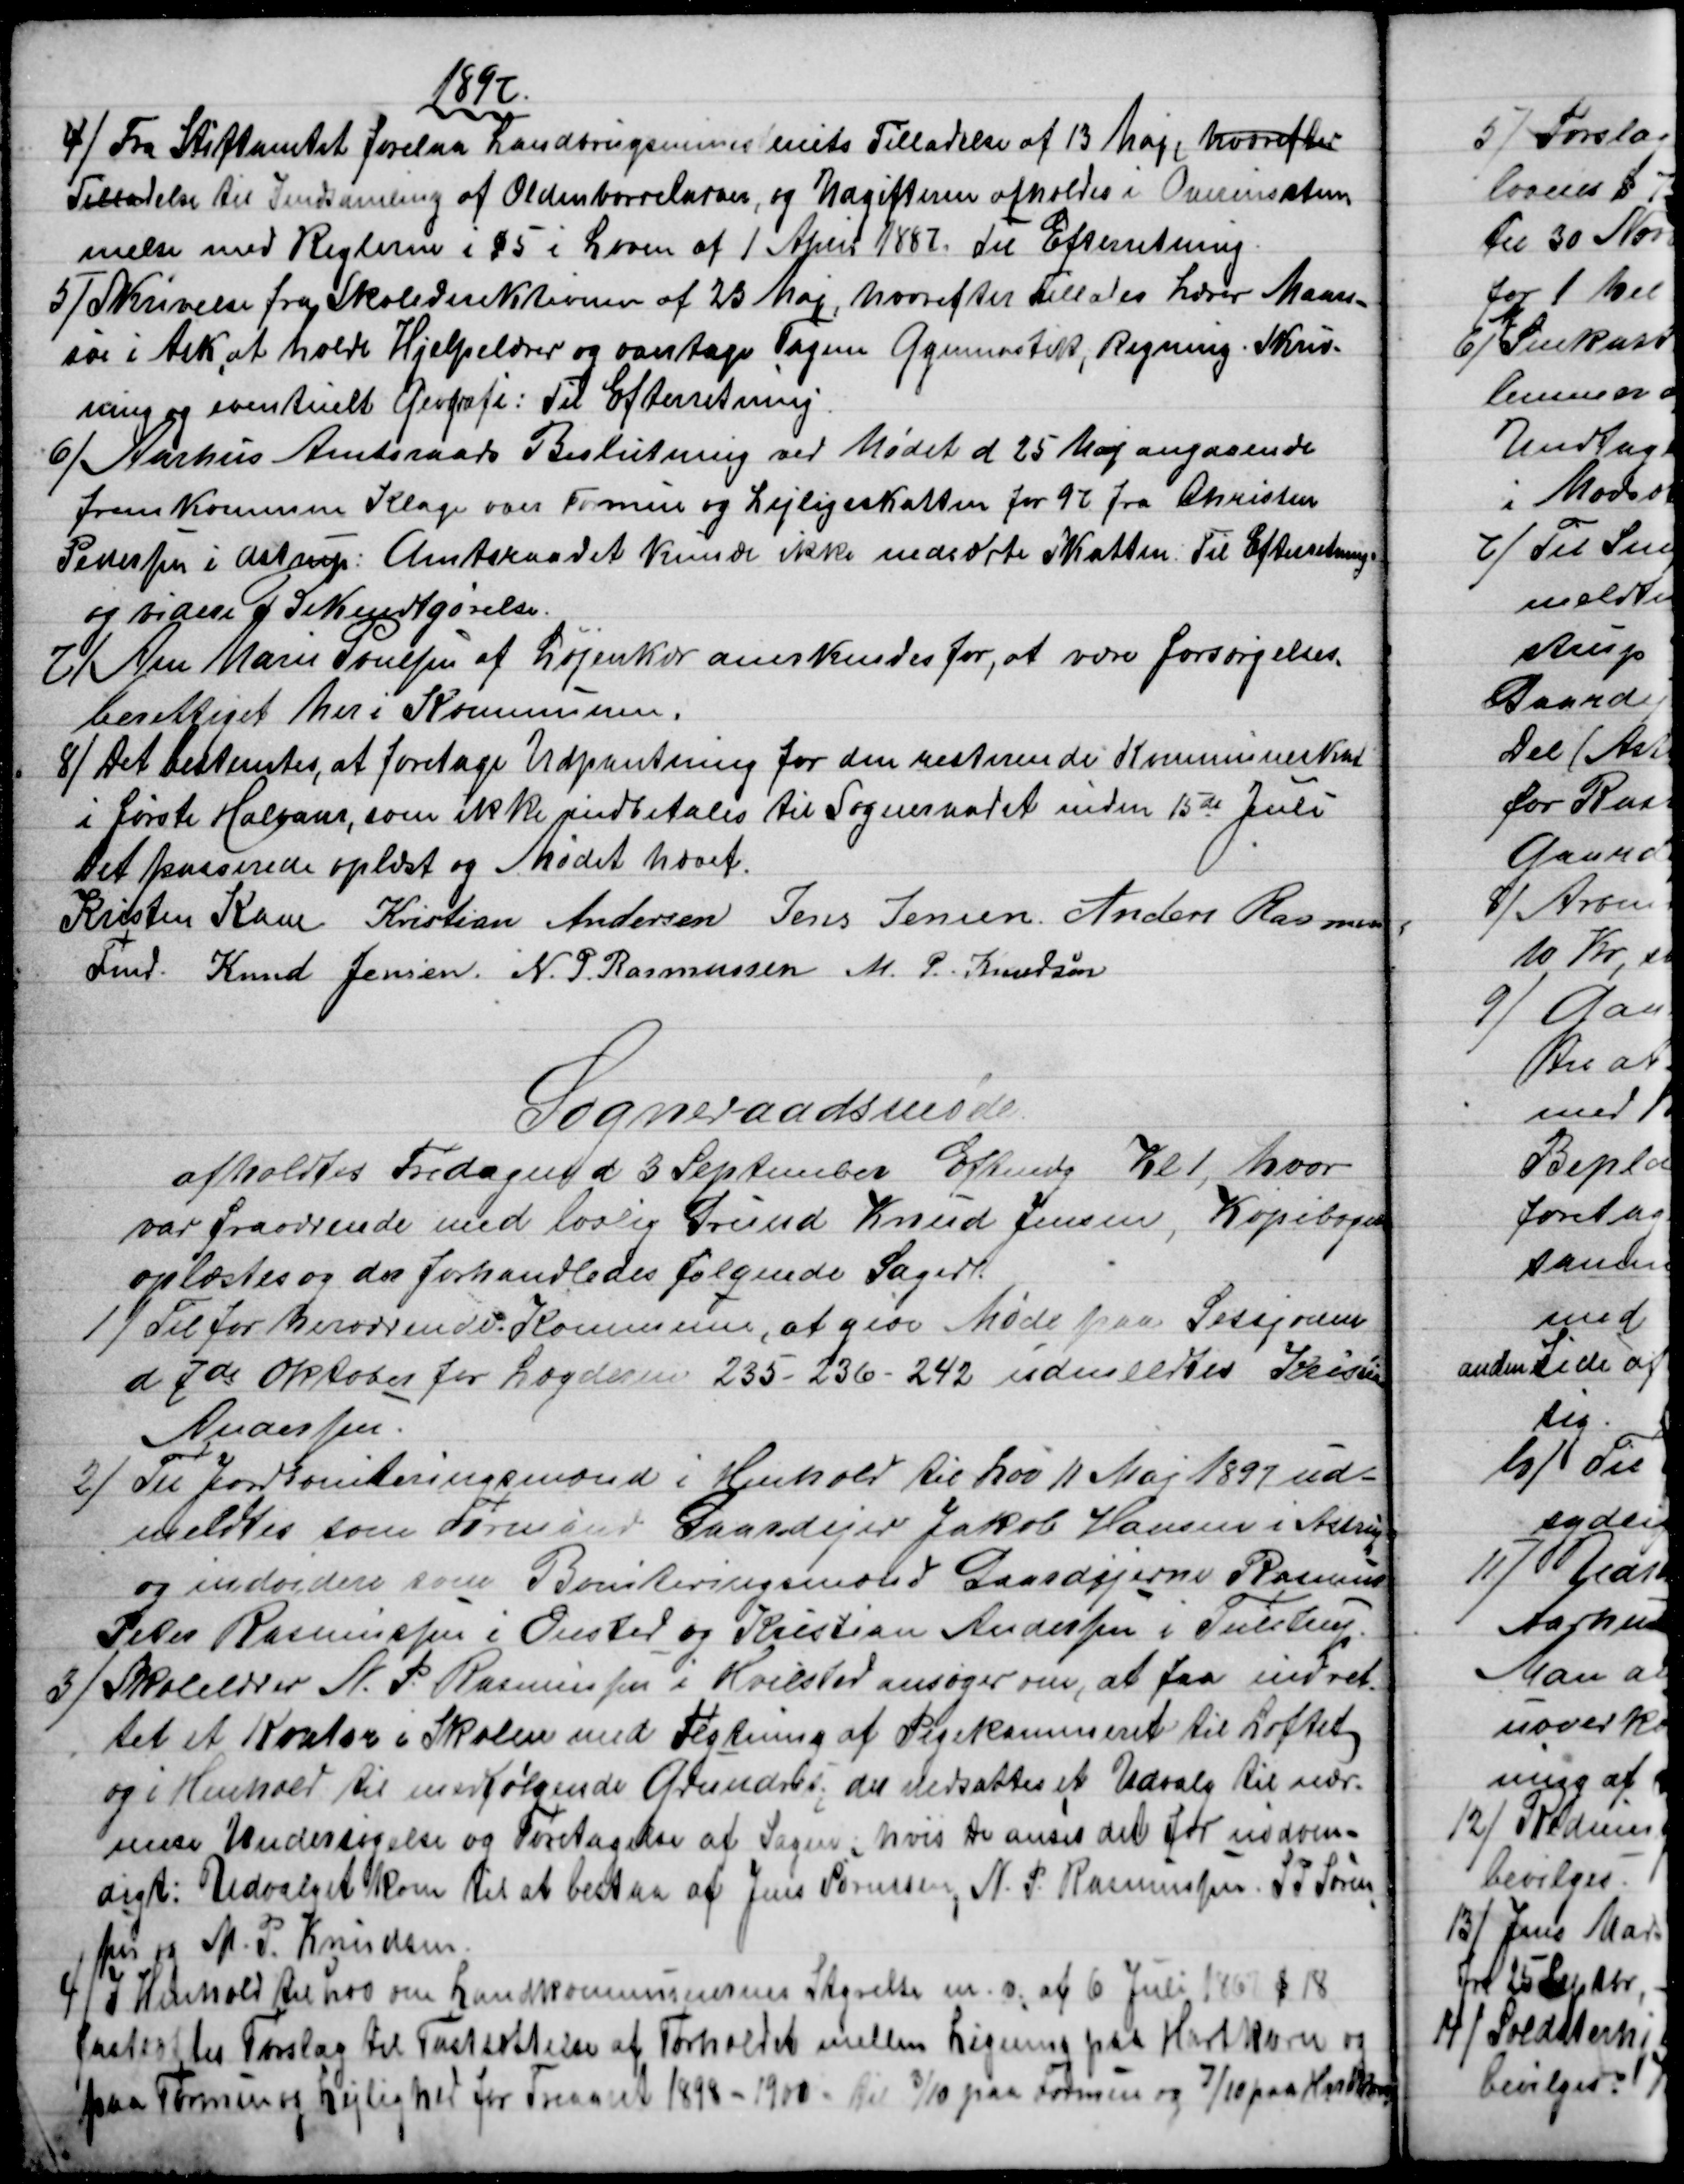
Transskription:
1897
4)
Fra Stiftamtet forelaa Landbrugsministeriets Tilladelse af 13 Maj, hvorefter
Tilladelse til Indsamling af Oldenborrelarver, og Udgifterne afholdes i Overensstem-
melse med Reglerne i §5 i Loven af 1 April 1887. Til Efterretning.
5)
Skrivelse fra Skoledirektionen af 23 Maj, hvorefter tillades Lærer Maars-
søe i Ask at hverve Hjelpelærer og varetage Fagene Gymnastik, Regning. Skriv-
ning og eventuelt Geografi: Til Efterretning.
6)
Aarhus Amtsraads Beslutning ved Mødet d. 25 Maj angaaende
fremkommen Klage over Formue og Lejligeskatten for 97 fra Christen
Pedersen i Astrup: Amtsraadet kunde ikke nedsætte Skatten. Til Efterretning.
og videre Bekendtgørelse.
7) 
Ane Marie Poulsen af Løjenkær anerkendes for, at være forsørgelses-
berettiget her i Kommunen.
8) 
Det bestemtes, at foretage Udpantning for den resterende Kommuneskat
i første Halvaar, som ikke indbetales til Sogneraadet inden 15de Juli
Det passerede oplæst og Mødet hævet.
Kristen Kaae 
Fmd. 
Kristian Andersen Jens Jensen. Anders Rasmus
Knud Jensen. N. P. Rasmussen M. P. Knudsen
Sogneraadsmøde.
afholdtes Fredagen d. 3 September Eftmdg Kl 1, hvor
var fraværende med lovlig Grund Knud Jensen, Kopibogen
oplæstes og der forhandledes følgende Sager.
1)
Til for herværende Kommune, at give Møde paa Sessjonen
d 7de Oktober for Lægderne 235 - 236 - 242 udmeldtes Kristian
Andersen.
2) 
Til Jordboniteringsmænd i Henhold til Lov 11 Maj 1897 ud-
meldtes som Formand Gaardejer Jakob Hansen i Astrup
og indvidere som Boniteringsmænd Gaardejerne Rasmus
Peter Rasmussen i Onsted og Kristian Andersen i Tulstrup.
3) 
Skolelærer N. P. Rasmussen i Hvilsted ansøger om, at faa indret-
tet et Kontor i Skolen med Flytning af Pigekammeret til Loftet,
og i Henhold til medfølgende Grundris; der nedsattes et Udvalg til nær-
mere Undersøgelse og Foretagelse af Sagen, hvis De anser det for nødven-
digt: Udvalget kom til at bestaa af Jens Sørensen, N. P. Rasmussen. S. P. Søren
=
sen og M. P. Knudsen.
4)
I Henhold til Lov om Landkommunernes Styrelse m. v. af 6 Juli 1867 § 18
fastsættes forslag til Fastsættelse af Forholdet mellem Ligning paa Hartkorn og
paa Formue og Lejlighed for Treaaret 1898 - 1900 - til 3/10 paa Formue og 7/10 paa Hartkorn